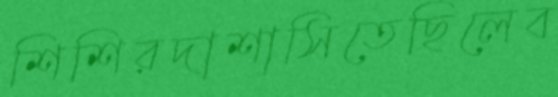
শিশিরদাশাসিতেছিলেব